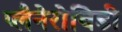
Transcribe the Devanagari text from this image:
प्लैनेरोबिडी